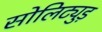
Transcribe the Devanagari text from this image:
सोलिट्युड़